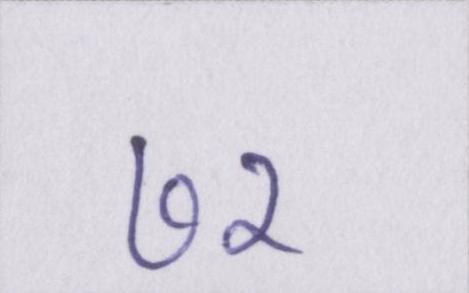
७२